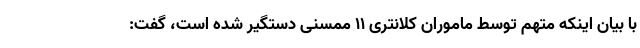
با بیان اینکه متهم توسط ماموران کلانتری ۱۱ ممسنی دستگیر شده است، گفت: